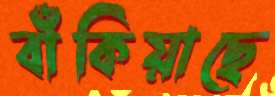
বাঁকিয়াছে